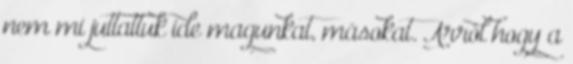
nem mi juttattuk ide magunkat, másokat. Arról hogy a